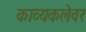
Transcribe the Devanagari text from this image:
काव्यकलेवर